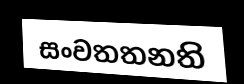
සංවතතනති